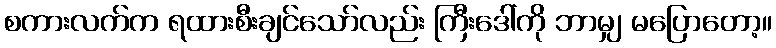
စကားလက်က ရထားစီးချင်သော်လည်း ကြီးဒေါ်ကို ဘာမျှ မပြောတော့။